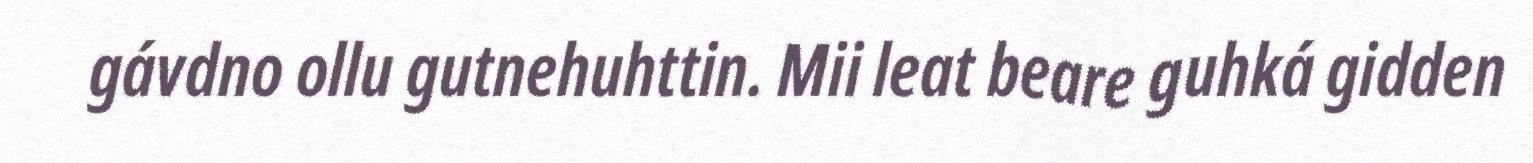
gávdno ollu gutnehuhttin. Mii leat beare guhká gidden